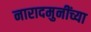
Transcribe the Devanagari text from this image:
नारादमुनींच्या